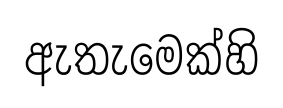
ඇතැමෙක්හි